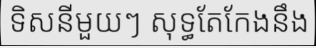
ទិសនីមួយៗ សុទ្ធតែកែងនឹង